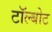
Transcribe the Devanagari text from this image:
टॉल्बोट